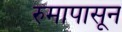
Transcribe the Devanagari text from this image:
रुमापासून